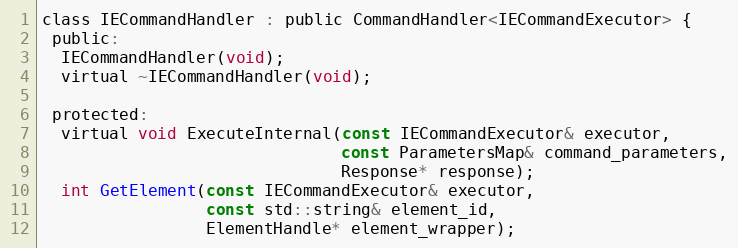
Language: C
class IECommandHandler : public CommandHandler<IECommandExecutor> {
 public:
  IECommandHandler(void);
  virtual ~IECommandHandler(void);

 protected:
  virtual void ExecuteInternal(const IECommandExecutor& executor,
                               const ParametersMap& command_parameters,
                               Response* response);
  int GetElement(const IECommandExecutor& executor,
                 const std::string& element_id,
                 ElementHandle* element_wrapper);